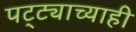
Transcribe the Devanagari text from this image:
पट्ट्याच्याही